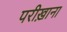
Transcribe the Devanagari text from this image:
परीख़ाना